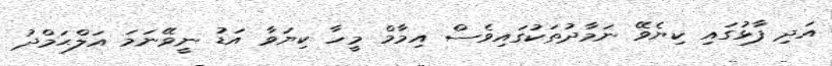
އަދި ފާޅުގައި ކިޔެވޭ ނަމާދުތަކުގައިވެސް އިމާމް މީހާ ކިޔަވާ އަޑު ނީވޭނަމަ އަލްޙަމްދު